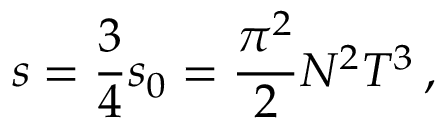
s = \frac 3 4 s _ { 0 } = \frac { \pi ^ { 2 } } 2 N ^ { 2 } T ^ { 3 } \, ,